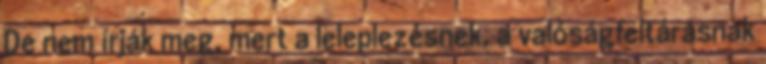
De nem írják meg, mert a leleplezésnek, a valóságfeltárásnak